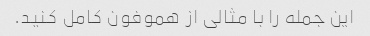
این جمله را با مثالی از هموفون کامل کنید.